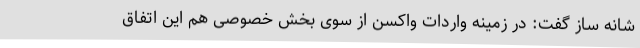
شانه ساز گفت: در زمینه واردات واکسن از سوی بخش خصوصی هم این اتفاق